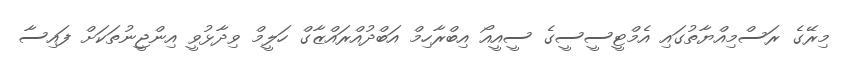
މިރޭގެ ރަސްމިއްޔާތުގައި އެމްޓީސީސީގެ ސީއީއޯ އިބްރާހިމް އަބްދުއްރައްޒާގް ހަލީމް ވިދާޅުވީ އިންޖީނުތަކަށް ފައިސާ